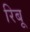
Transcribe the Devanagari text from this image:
रिबू